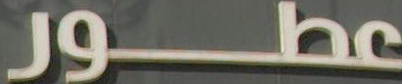
عطور